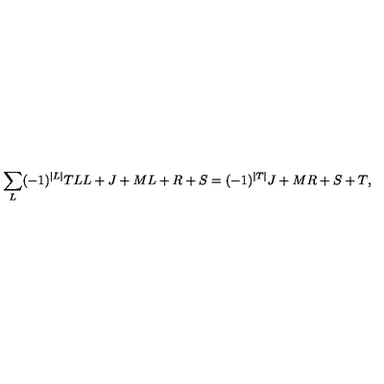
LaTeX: \sum _ { L } ( - 1 ) ^ { \vert L \vert } { \binom { T } { L } } { \binom { L + J + M } { L + R + S } } = ( - 1 ) ^ { \vert T \vert } { \binom { J + M } { R + S + T } } ,